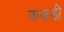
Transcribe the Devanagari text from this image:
ककड़ी़